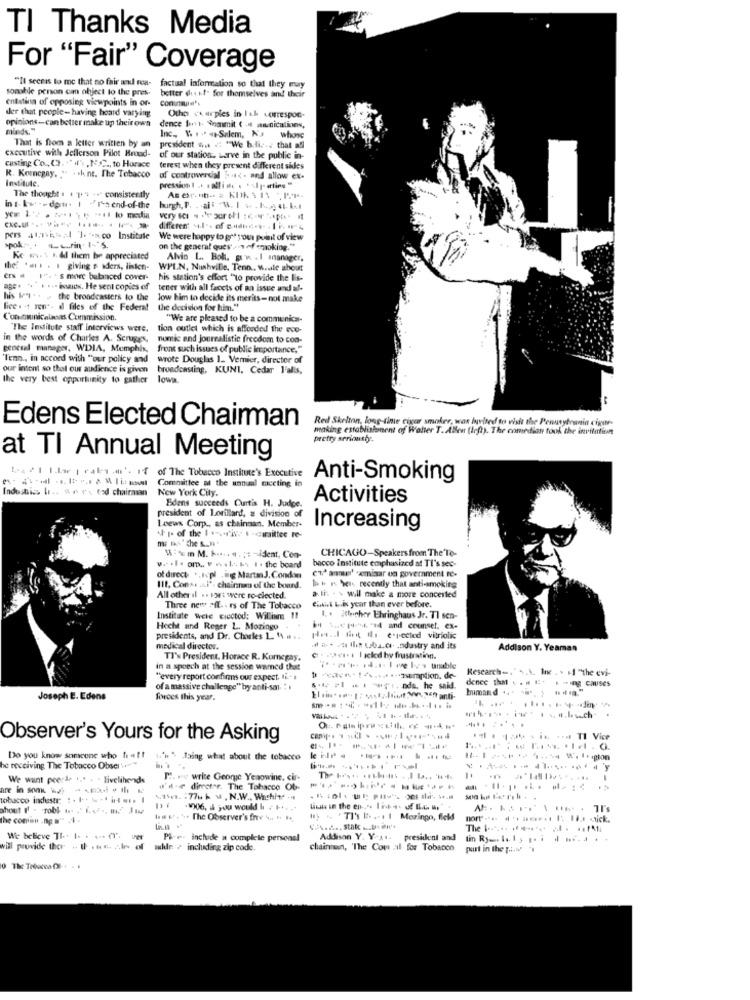
TI Thanks Media
For "Fair" Coverage
somable person can object to the pres- better du if. for themselves and their
"Il secris to me that no fair und rea- factual information so that they may
better du if. for themselves and their
enlatina of opposing viewpoints in or- conunaun's
der that people-having heard varying
opinions -can better make up their own
Othe varples in Ith correspon-
minds."
dence foot Sommit ( annicalines,
Inc ., 1. . .. ++-Salem, Ka
That is from a letter written by an
whose
cxccutive with Jefferson Pilot Brood-
president $. . "We baliz.z that afl
casting Co. C). +"", NSC, to Horace
of our station. Larve in the public in-
R. Komegay, ". . . hint. The Tobacco
terest when they present different sides
Institute.
of controverdal 5 -44. and allow ex-
pression t .. . allie . · sly- arties "
The thought . + 1.4 - . " consistently
in : kut -- dorn. 1 -71-send-of-the
burgh, P. . ajf W. I .. . h ... .. ...
differen: +i.l .- of codedes. . 1 P. m4
PETS 44, 16- Institute
We were happy to get your point of view
on the general questay of smoking."
Ke w .. .. dl them be appreciated
Alvin L. Boh. w. . I manager.
the? ... . . giving # Mders, listen-
WPLN, Nashville, Tenn, W.ale about
ers # 1-s more balanced cover-
his station's effort "to provide the lis-
age . .. . ... iow. He sent copies of
tener with all facets of an issue and al-
his Myl . . , the broadcasters to the
low him to decide its merits-not make
lice . - t ren"- dl files of the Federal
the decision for him."
Communications Commission.
"We are pleased to be a communica-
"The Inditute staff Interviews were.
tion outlet which is afforded the eco-
in the words of Charles A. Scruggs,
nomic and journalistic freedom to con-
general manager, WDIA, Memphis,
front such issues of public importance,"
Tenn ., in accord with "our policy and
wrote Douglas 1. Vemier, director of
our intent so that our audience is given
broadcasting, KUNI, Cedar l'alis,
the very best opportunity to gather
lowa
Edens Elected Chairman
Red Skelton, long-time cigar smaker, wax hvited to visit the Pennsylvania cigar-
making establistinent of Watter T. Allen (left). The comedian took the invitation
pretry serioustye.
at TI Annual Meeting
of The Tobacco Institute's Executive
Committee a the annual meeting in
Anti-Smoking
Industis Ii .. a . r. tad chairman New York City.
Edens succeeds Curtis H. Judge.
Activities
Loews Corp ., as chainnan. Member-
president of Lorillard, a division of
Increasing
of I. of the 1 .-.- 'is. t-comittee re-
CHICAGO-Speakers from The To-
w .. . I . om .. . .. . l ... .. I . the board
bacco Institute emphasized at TI's sec-
of direct .. I.pl . ig MartinJ. Condon
ev ane' caminar un government re-
I11, Conse ... l'- chainnam of the board.
bin \ci recently that anti-smoking
All other il .. 124t were ro-clected.
Chil Liis year than ever before.
ali- - > will make a more concerted
Three new >IL .. rs of The Tobacco
Institute Were cicctod: William !!
1. . 2theirher Ehringhaus Jr. TI sen-
Hecht and Reger L. Mozingo
1- and counsel, ex-
presidents, and Dr. Charles 1. . . ...
Hitting the.pected vitriolic
medical director.
# Ris this uba.c.r.odustry and its
Addison Y. Yeaman
TI's President. Horace R. Kumegay,
in a speech at the session wamed that
Research -, ' ,\ Inc . . +1 "the evi-
"every report confirms our expect, li-
denee that . . . E . - ing Causes
of a massive challenge" by anti-sal :
himand .. . .
Joseph E. Edens
forces this year.
Observer's Yours for the Asking
Do you know someone who haft
1.'w > Jaing what about the tobacco
he receiving The Tobacco Obser :"
We want peerle ... . . livelihende
M. wy write George Yeaowine, cir-
.
are in som g ---- -
u's-4 director. The Tobacco Ob-
tobacco industr: : . 1 . 5 - 1 in. ... I
411n. : 776 kw , N.W ., Washite - 4
ahout If - Tobl w. ( 1. 42 ., m2 Jte
.1)06, & you would lı + ++. ..
A :. ........ . I's
the comin . ng " .
I w ****. The Observer's fre .. .. .
W . "TI's E. ... 1 Moringo, fick
The [ ... .. ..... .. ..
We believe TI .. I. . ... .
Pl-r- include a complete personal
Addison Y. Y-11-
president and
will provide ther . I .es, ;. In. of
while: > including zip code.
chainna, 'The Cou ;Il for Tobacco
put in the grass
0 The Traces OF -- -